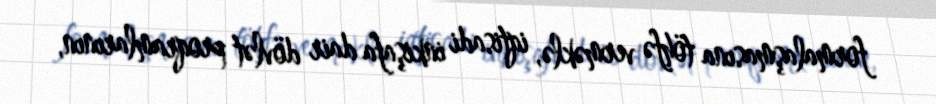
formalaşmasına töhfə verməklə, iqtisadi inkişafa dair dövlət proqramlarının,